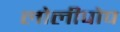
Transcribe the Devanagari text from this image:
लोलीपोप